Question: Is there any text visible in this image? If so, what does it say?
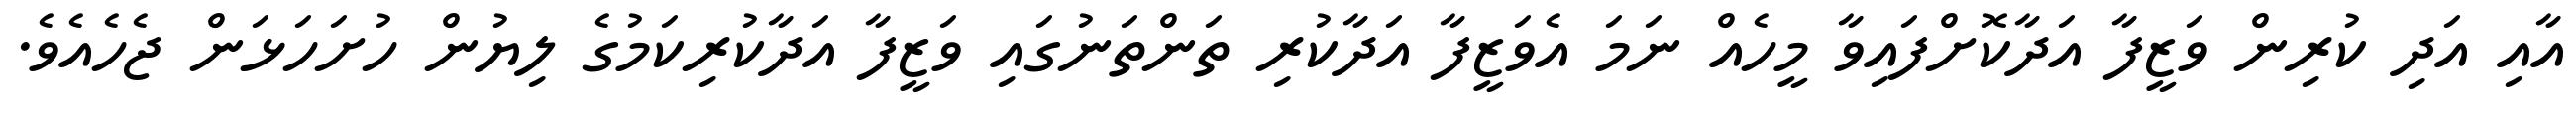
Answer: އާއި އަދި ކުރިން ވަޒީފާ އަދާކޮށްފައިވާ މީހެއް ނަމަ އެވަޒީފާ އަދާކުރި ތަންތަނުގައި ވަޒީފާ އަދާކުރިކަމުގެ ލިޔުން ހުށަހަޅަން ޖެހެއެވެ.